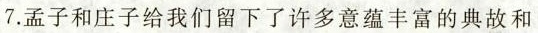
7.孟子和庄子给我们留下了许多意蕴丰富的典故和